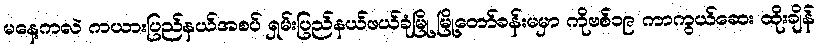
မနေ့ကလဲ ကယားပြည်နယ်အစပ် ရှမ်းပြည်နယ်ဖယ်ခုံမြို့ မြို့တော်ခန်းမမှာ ကိုဗစ်၁၉ ကာကွယ်ဆေး ထိုးချိန်